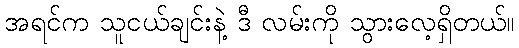
အရင်က သူငယ်ချင်းနဲ့ ဒီ လမ်းကို သွားလေ့ရှိတယ်။